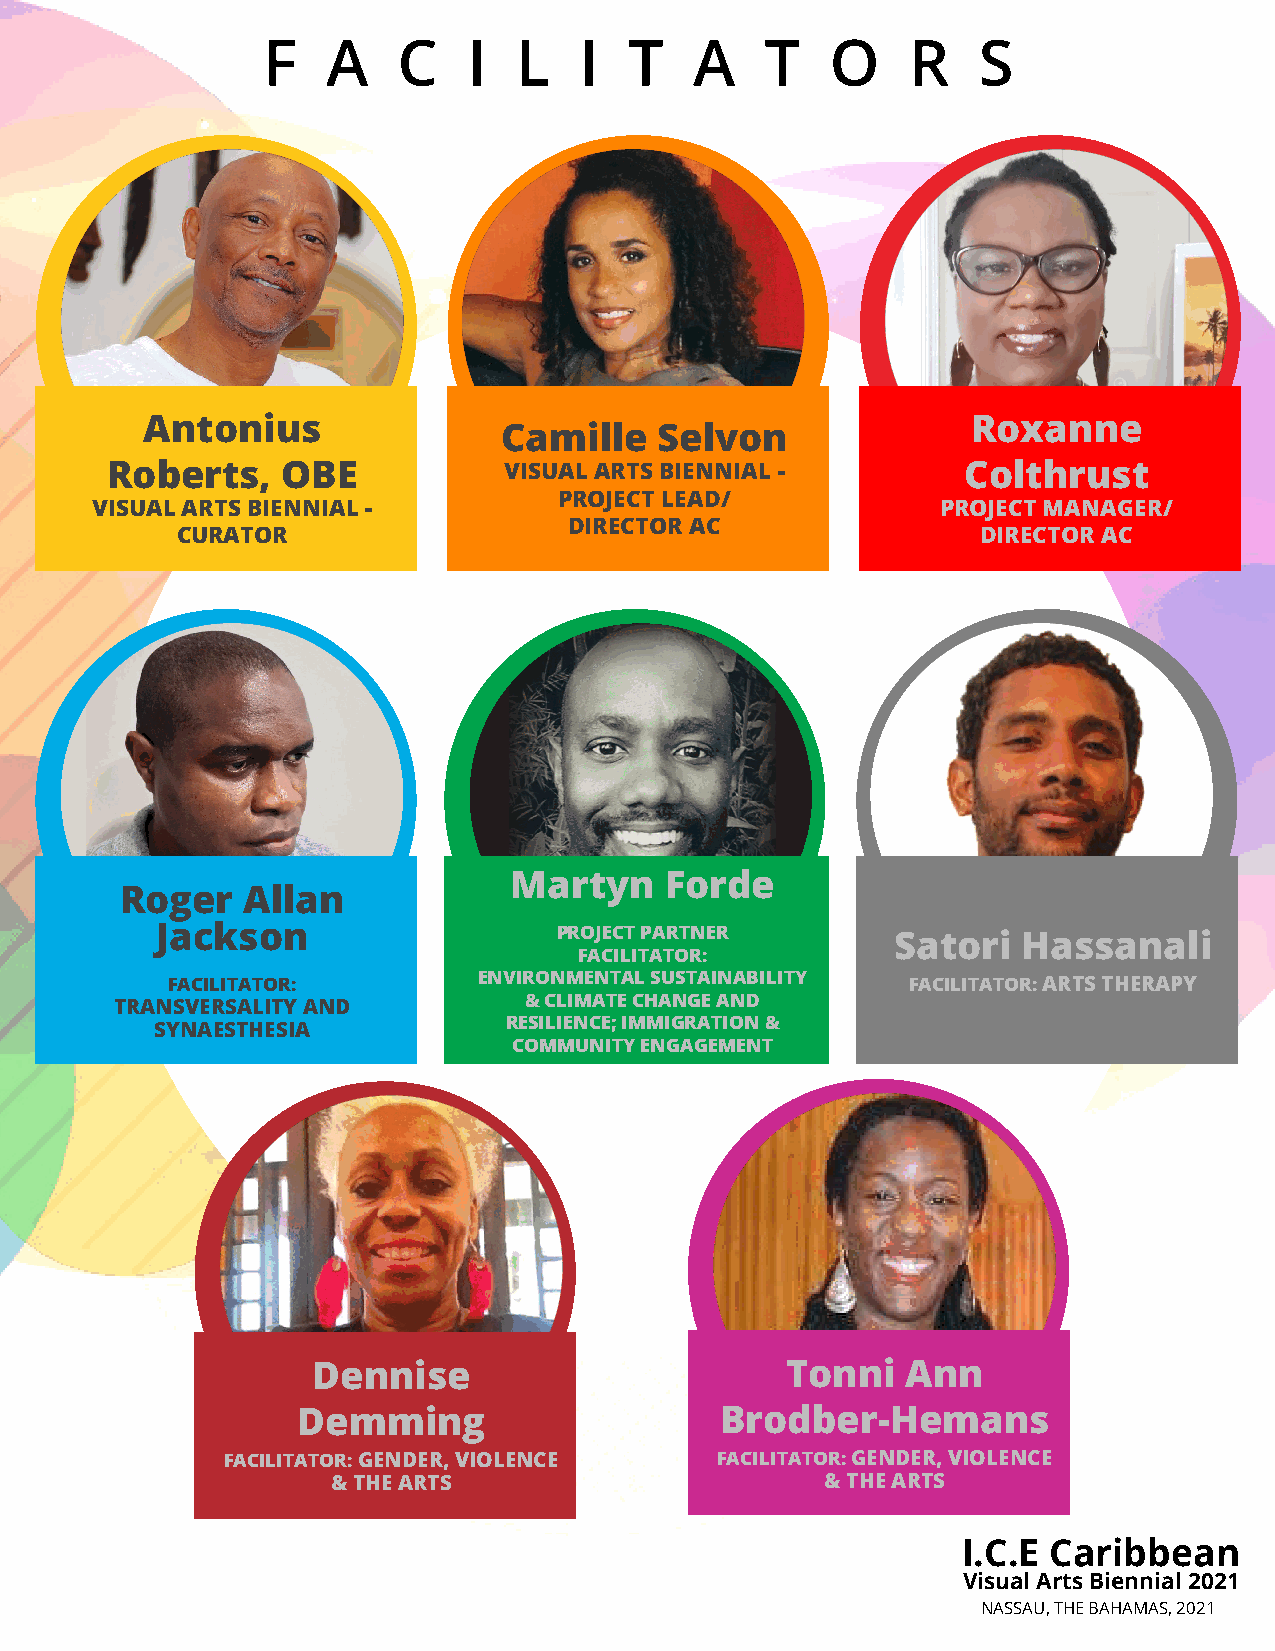
F    A   C    I  L   I   T   A    T   O    R    S
 I.C.E Caribbean
 Visual Arts Biennial 2021
 Antonius                                               Roxanne
 Camille    Selvon
 Roberts,    OBE           VISUAL ARTS BIENNIAL -         Colthrust
 PROJECT LEAD/
 VISUAL ARTS BIENNIAL -                                  PROJECT MANAGER/
 DIRECTOR AC
 CURATOR                                              DIRECTOR AC
 Martyn    Forde
 Roger   Allan
 Jackson                    PROJECT PARTNER       Satori   Hassanali
 FACILITATOR:
 FACILITATOR:         ENVIRONMENTAL SUSTAINABILITY FACILITATOR: ARTS THERAPY
 TRANSVERSALITY AND         & CLIMATE CHANGE AND
 RESILIENCE; IMMIGRATION &
 SYNAESTHESIA
 COMMUNITY ENGAGEMENT
 Dennise                        Tonni   Ann
 Demming                     Brodber-Hemans
 FACILITATOR: GENDER, VIOLENCE   FACILITATOR: GENDER, VIOLENCE
 & THE ARTS                       & THE ARTS
 I.C.E Caribbean
 Visual Arts Biennial 2021
 NASSAU, THE BAHAMAS, 2021